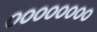
૦૦૦૦૦૦૦૦